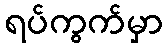
ရပ်ကွက်မှာ